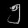
Digit: ၅